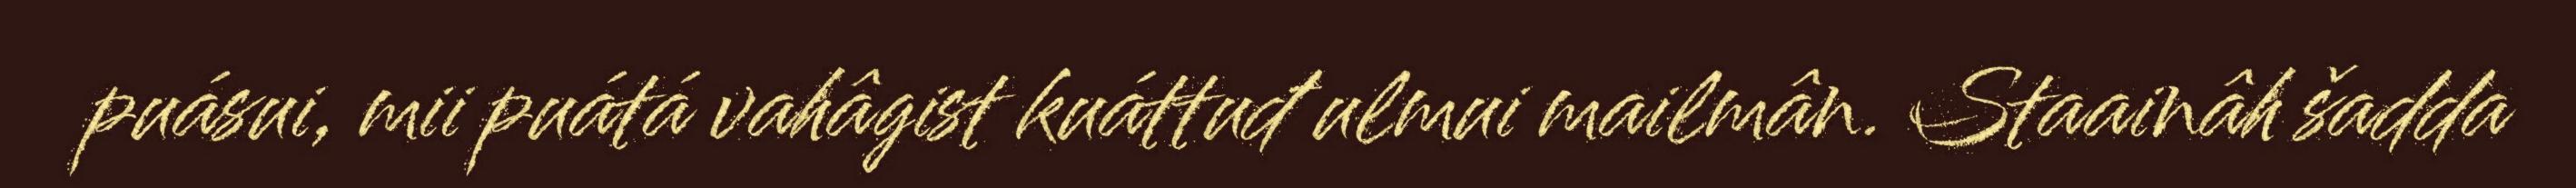
puásui, mii puátá vahâgist kuáttuđ ulmui mailmân. Staainâh šadda